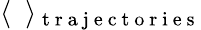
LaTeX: \langle\, \, \, \rangle_{\mathrm{~t~r~a~j~e~c~t~o~r~i~e~s~}}